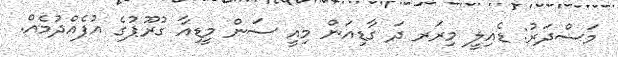
މަސްދަރު: ޑެއިލީ މިރަރ ދަ ގާޑިއަން މިއީ ސަން މީޑިއާ ގުރޫޕުގެ އުފެއްދުމެއް.